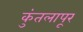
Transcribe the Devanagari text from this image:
कुंतलापूर